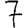
Digit: 7